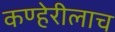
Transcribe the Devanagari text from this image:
कण्हेरीलाच